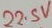
Text: 22.5V